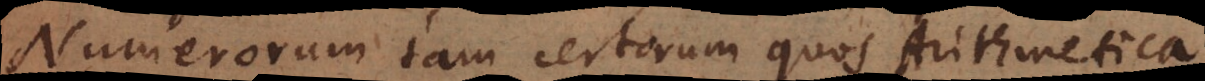
Numerorum tam certorum quos Arithmetica